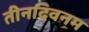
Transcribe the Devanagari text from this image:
तीनदिवनम